King Institute of Preventive Medicine Micro-Biological Section reports 1909-11
Year: 1909
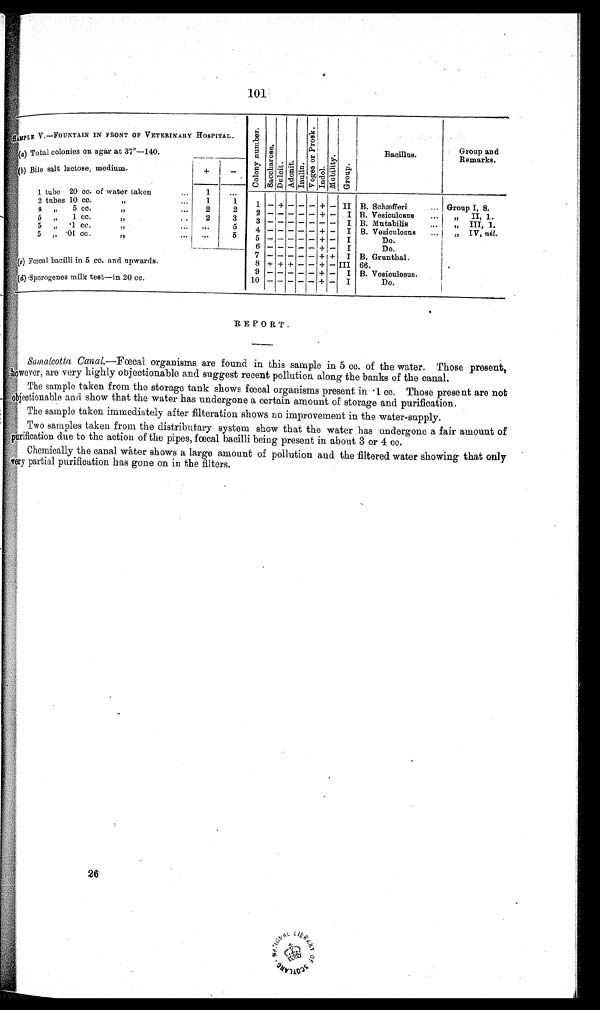
101
SAMPLE V.—FOUNTAIN IN FRONT OF VETERINARY HOSPITAL.
C o l o n y n u m b e r . S a c c h a r o s e .
D u l c i t . A d o n t . I n u l i n .
V o g e s o r P r o s k .
I ndol .
M o b i l i t y .
G r o u p .
Bacillus.
Group and
Remarks.
(a ) Total colonies on agar at 37º—140.
(b ) Bile salt lactose, medium.
—
+
1 tube 20 cc. of water taken
1
...
2 tubes 10 cc.
„
...
1
1
1 — + —
— — + — II B. Schæfferi
... Group I, 8.
4 „ 5 cc. ,, ...
2
2
2
— — — — —
+ — I B. Vesiculosus
...
„ II,1.
5 „ 1 cc
„
2
3
3
— — — — — — —
I B. Mutabilis
...
„ III, 1.
5 „ .1 c
c. „
5
4
— — — — —
+
— I B. Vesiculosus
...
„ IV, nil.
5 „ .01 cc.
„
... ...
5
5
— — — —— —
+ — I
Do.
— 6
— — — — —
+ — I
Do.
7
— — — — —
+ + I B. Grunthal.
(e) Fœcal bacilli in 5 cc. and upwards.
8 + + + — — + — III 66.
9
— — — — —
+
— I B. Vesiculosus.
(d ) Sporogenes milk test—in 20 cc
1 0
— — — — —
+ — I
Do.
REPORT.
Samalcotta Canal.—Fœcal organisms are found in this sample in 5 cc. of the water. Those present,
however, are very highly Objectionable and suggest recent pollution along the banks of the canal.
Th
e sample taken from the storage tank shows fœcal organisms present in .1 cc. Those present are not
objectionable and show that the water has undergone a certain amount of storage and purification.
The sample taken immediately after filteration shows no improvement in the water-supply.
Two samples taken from the distributary system show that the water has undergone a fair amount of
purification due to the action of the pipes, fœcal bacilli being present in about 3 or 4 cc.
Chemically the canal water shows a large amount of pollution and the filtered water showing that only
very partial purification has gone on in the filters.